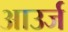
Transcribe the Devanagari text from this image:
आउर्ज